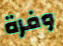
وفرة